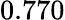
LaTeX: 0.770